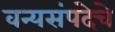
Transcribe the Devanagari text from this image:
वन्यसंपदेचे